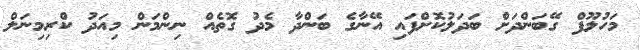
މަހުލޫފް ގޭބަންދަށް ބަދަލުކޮށްފައި އޭނާގެ ބަންދާ މެދު ގޮތެއް ނިންމަން މިއަދު ކްރިމިނަލް